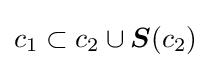
c_{1}\subset c_{2}\cup {\boldsymbol {S}}(c_{2})